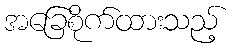
အခြေစိုက်ထားသည့်